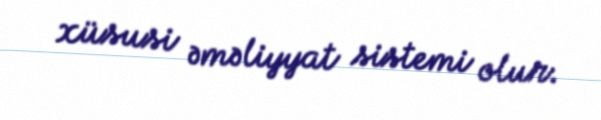
xüsusi əməliyyat sistemi olur.